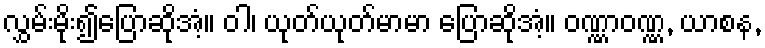
လွှမ်းမိုး၍ပြောဆိုအံ့။ ဝါ၊ ယုတ်ယုတ်မာမာ ပြောဆိုအံ့။ ဝဏ္ဏာဝဏ္ဏ, ယာစန,